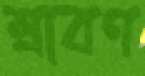
শ্রাবণ